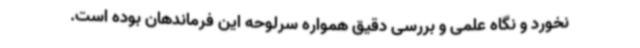
نخورد و نگاه علمی و بررسی دقیق همواره سرلوحه این فرماندهان بوده است.